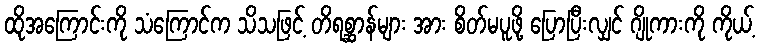
ထိုအကြောင်းကို သံကြောင်က သိသဖြင့် တိရစ္ဆာန်များ အား စိတ်မပူဖို့ ပြောပြီးလျှင် ဂျိုကားကို ကိုယ့်